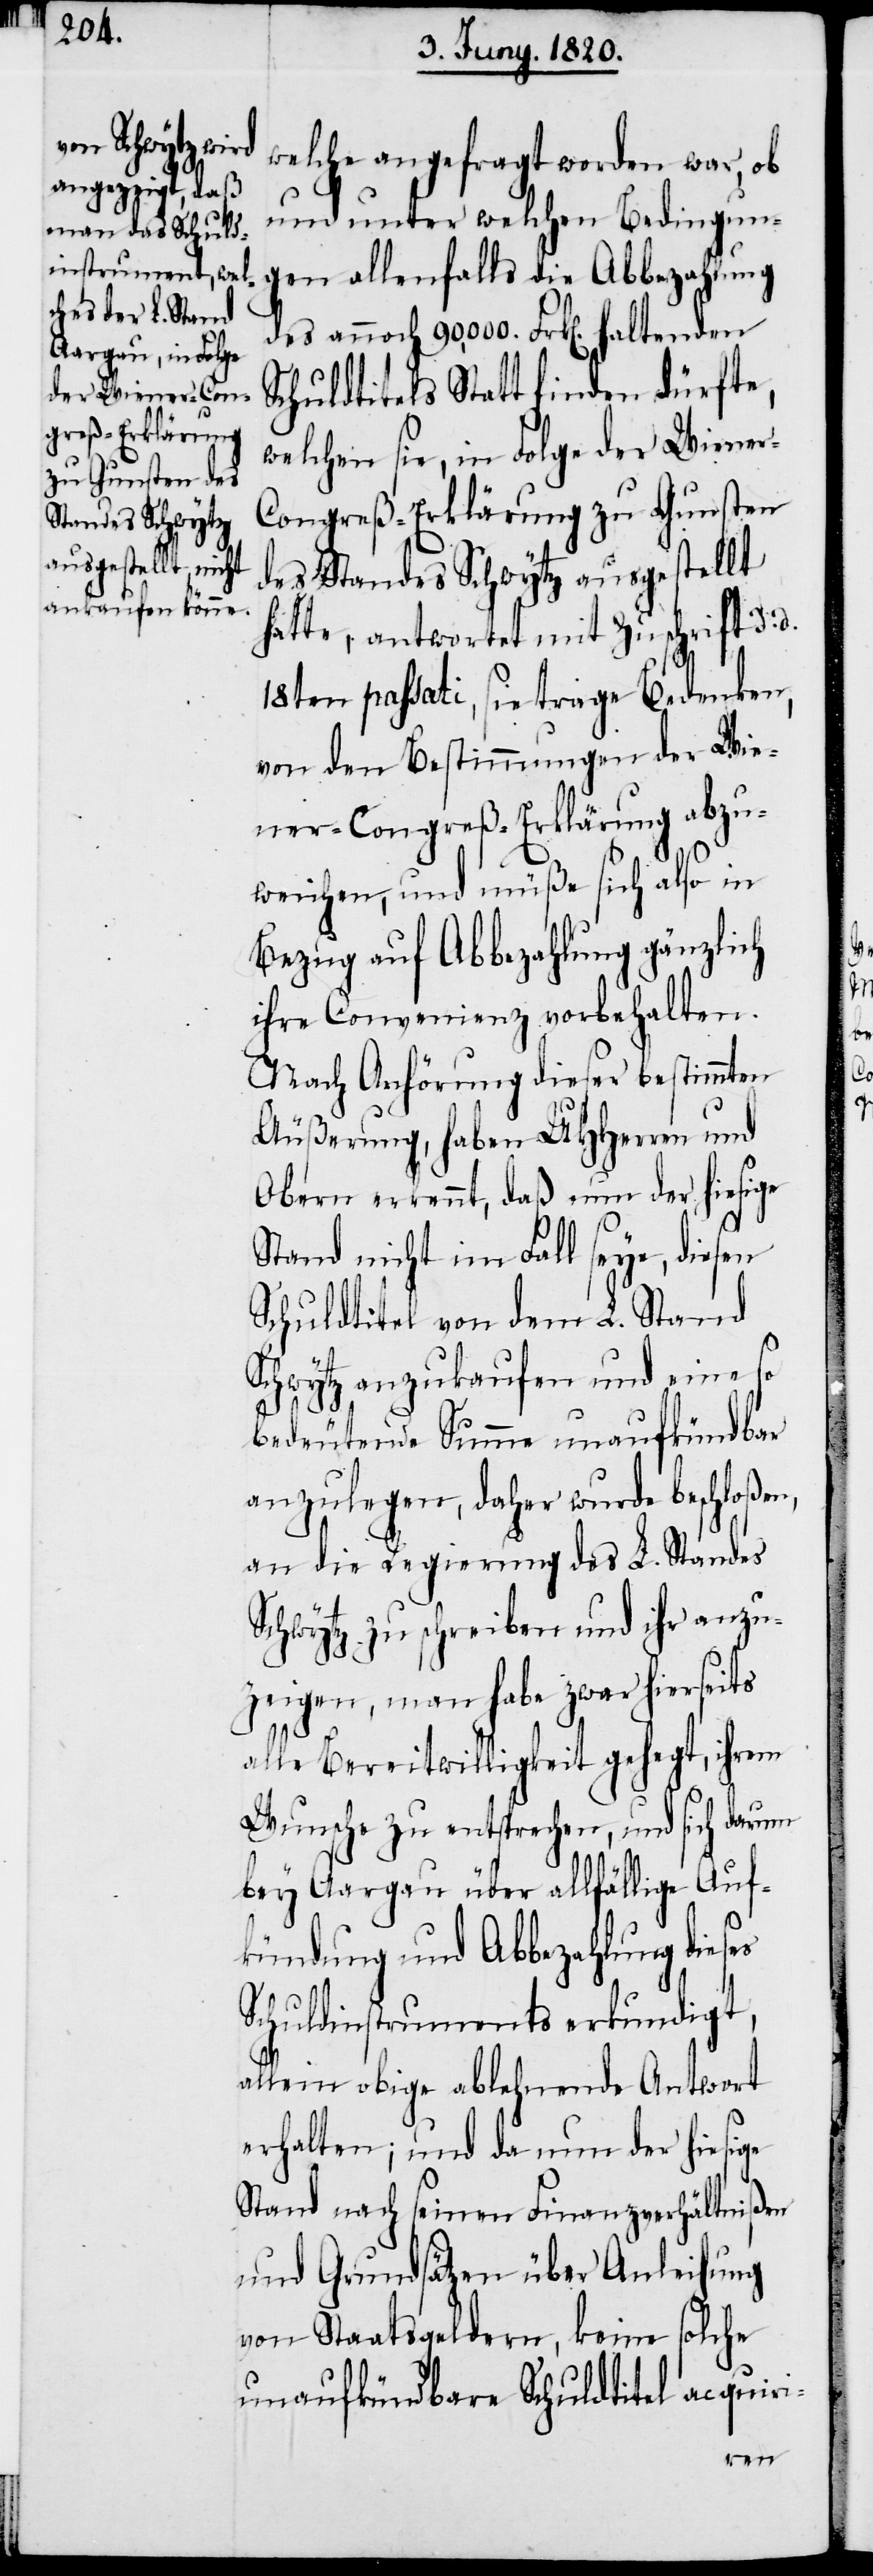
welche angefragt worden war, ob
und unter welchen Bedingung¬
en allenfalls die Abbezahlung
des annoch 90,000 Frk[en]. haltenden
Schuldtitels Statt finden dürfte,
welchen sie, in Folge der Wiener-C¬
ongreß-Erklärung zu Gunsten
des Standes Schwytz ausgestellt
hatte, antwortet mit Zuschrift d.
18ten passati, sie trage Bedenken,
von den Bestimmungen der Wie¬
ner-Congreß-Erklärung abzu¬
weichen, und müße sich also in
Bezug auf Abbezahlung gänzlich
ihre Convenienz vorbehalten.
Nach Anhörung dieser bestimmten
Äußerung, haben UHherren und
Obern erkennt, daß nun der hiesige
Stand nicht im Fall seye, diesen
Schuldtitel von dem L. Stand
Schwytz anzukaufen und eine so
bedeutende Summe unaufkündbar
anzulegen, daher wurde beschloßen,
an die Regierung des L. Standes
Schwytz zu schreiben und ihr anzu¬
zeigen, man habe zwar hierseits
alle Bereitwilligkeit gehegt, ihrem
Wunsche zu entsprechen, und sich darum
bey Aargau über allfällige Auf¬
kündung und Abbezahlung dieses
Schuldinstruments erkundigt,
allein obige ablehnende Antwort
erhalten; und da nun der hiesige
Stand nach seinen Finanzverhältnißen
und Grundsätzen über Anleihung
von Staatsgeldern, keine solche
unaufkündbare Schuldtitel acquiri-